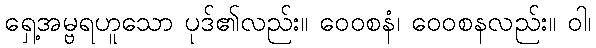
ရှေ့အမ္ဗရဟူသော ပုဒ်၏လည်း။ ဝေဝစနံ၊ ဝေဝစနလည်း။ ဝါ၊